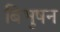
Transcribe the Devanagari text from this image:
बिभुषन